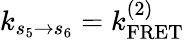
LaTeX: k_{s_{5}\to s_{6}}=k_{\mathrm{FRET}}^{(2)}